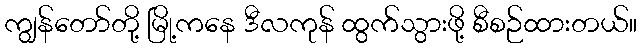
ကျွန်တော်တို့ မြို့ကနေ ဒီလကုန် ထွက်သွားဖို့ စီစဉ်ထားတယ်။